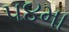
૫૪મા